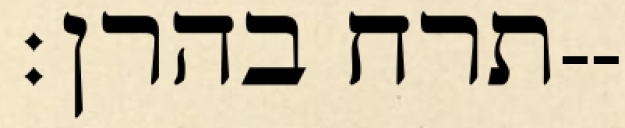
תרח בהרן׃--